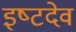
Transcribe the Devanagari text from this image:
इष्‍टदेव